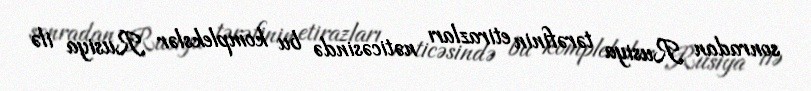
sonradan Rusiya tərəfinin etirazları nəticəsində bu komplekslər Rusiya ilə